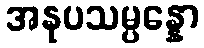
အနုပသမ္ပန္နော